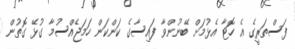
ފަސްތަރީގެ އެ ހޮޓާ އެޅުމަށް ބޭނުންވާ ފައިސާގެ ކަންކަން ހަމަޖެއްސުމާ ގުޅޭ ގޮތުން